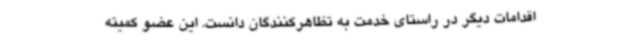
اقدامات دیگر در راستای خدمت به تظاهرکنندگان دانست. این عضو کمیته